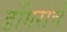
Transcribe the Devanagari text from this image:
डोंगरांचे